Annual report of the Prince of Wales Medical College, Patna
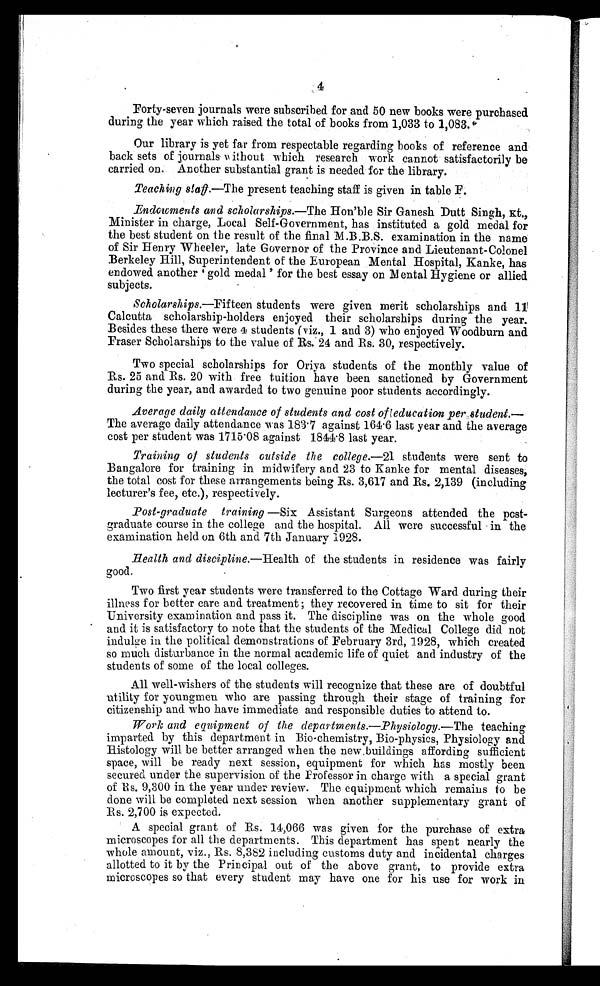
4
Forty-seven journals were subscribed for and 50 new books were purchased
during the year which raised the total of books from 1,033 to 1,083.
Our library is yet far from respectable regarding books of reference and
back sets of journals without which research work cannot satisfactorily be
carried on. Another substantial grant is needed for the library.
Teaching staff.—The present teaching staff is given in table F.
Endowments and scholarships. —The Hon'ble Sir Ganesh Dutt Singh, Kt.,
Minister in charge, Local Self-Government, has instituted a gold medal for
the best student on the result of the final M.B.B.S. examination in the name
of Sir Henry Wheeler, late Governor of the Province and Lieutenant-Colonel
Berkeley Hill, Superintendent of the European Mental Hospital, Kanke, has
endowed another 'gold medal' for the best essay on Mental Hygiene or allied
subjects.
Scholarships.—Fifteen students were given merit scholarships and 11
Calcutta scholarship-holders enjoyed their scholarships during the year.
Besides these there were 4 students (viz., 1 and 3) who enjoyed Woodburn and
Fraser Scholarships to the value of Rs. 24 and Rs. 30, respectively.
Two special scholarships for Oriya students of the monthly value of
Rs. 25 and Rs. 20 with free tuition have been sanctioned by Government
during the year, and awarded to two genuine poor students accordingly.
Average daily attendance of students and cost of education per student. —
The average daily attendance was 183.7 against 164.6 last year and the average
cost per student was 1715.08 against 1844.8 last year.
Training of students outside the college.
—21
students were sent to
Bangalore for training in midwifery and 23 to Kanke for mental diseases,
the total cost for these arrangements being Rs. 3,617 and Rs. 2,139 (including
lecturer's fee, etc.), respectively.
Post-graduate training —Six Assistant Surgeons attended the post-
graduate course in the college and the hospital. All were successful in the
examination held on 6th and 7th January 1928.
Health and discipline. —Health of the students in residence was fairly
good.
Two first year students were transferred to the Cottage Ward during their
illness for better care and treatment ; they recovered in time to sit for their
University examination and pass it. The discipline was on the whole good
and it is satisfactory to note that the students of the Medical College did not
indulge in the political demonstrations of February 3rd, 1928, which created
so much disturbance in the normal academic life of quiet and industry of the
students of some of the local colleges.
All well-wishers of the students will recognize that these are of doubtful
utility for youngmen who are passing through their stage of training for
citizenship and who have immediate and responsible duties to attend to.
Work and equipment of the departments.—Physiology. —The teaching
imparted by this department in Bio-chemistry, Bio-physics, Physiology and
Histology will be better arranged when the new buildings affording sufficient
space, will be ready next session, equipment for which has mostly been
secured under the supervision of the Professor in charge with a special grant
of Rs. 9,300 in the year under review. The equipment which remains to be
done will be completed next session when another supplementary grant of
Rs. 2,700 is expected.
A special grant of Rs. 14,066 was given for the purchase of extra
microscopes for all the departments. This department has spent nearly the
whole amount, viz., Rs. 8,382 including customs duty and incidental charges
allotted to it by the Principal out of the above grant, to provide extra
microscopes so that every student may have one for his use for work in